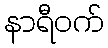
နာရီဝက်